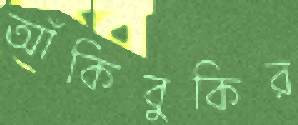
আঁকিবুকির